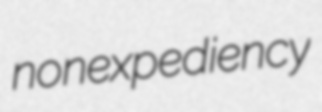
nonexpediency